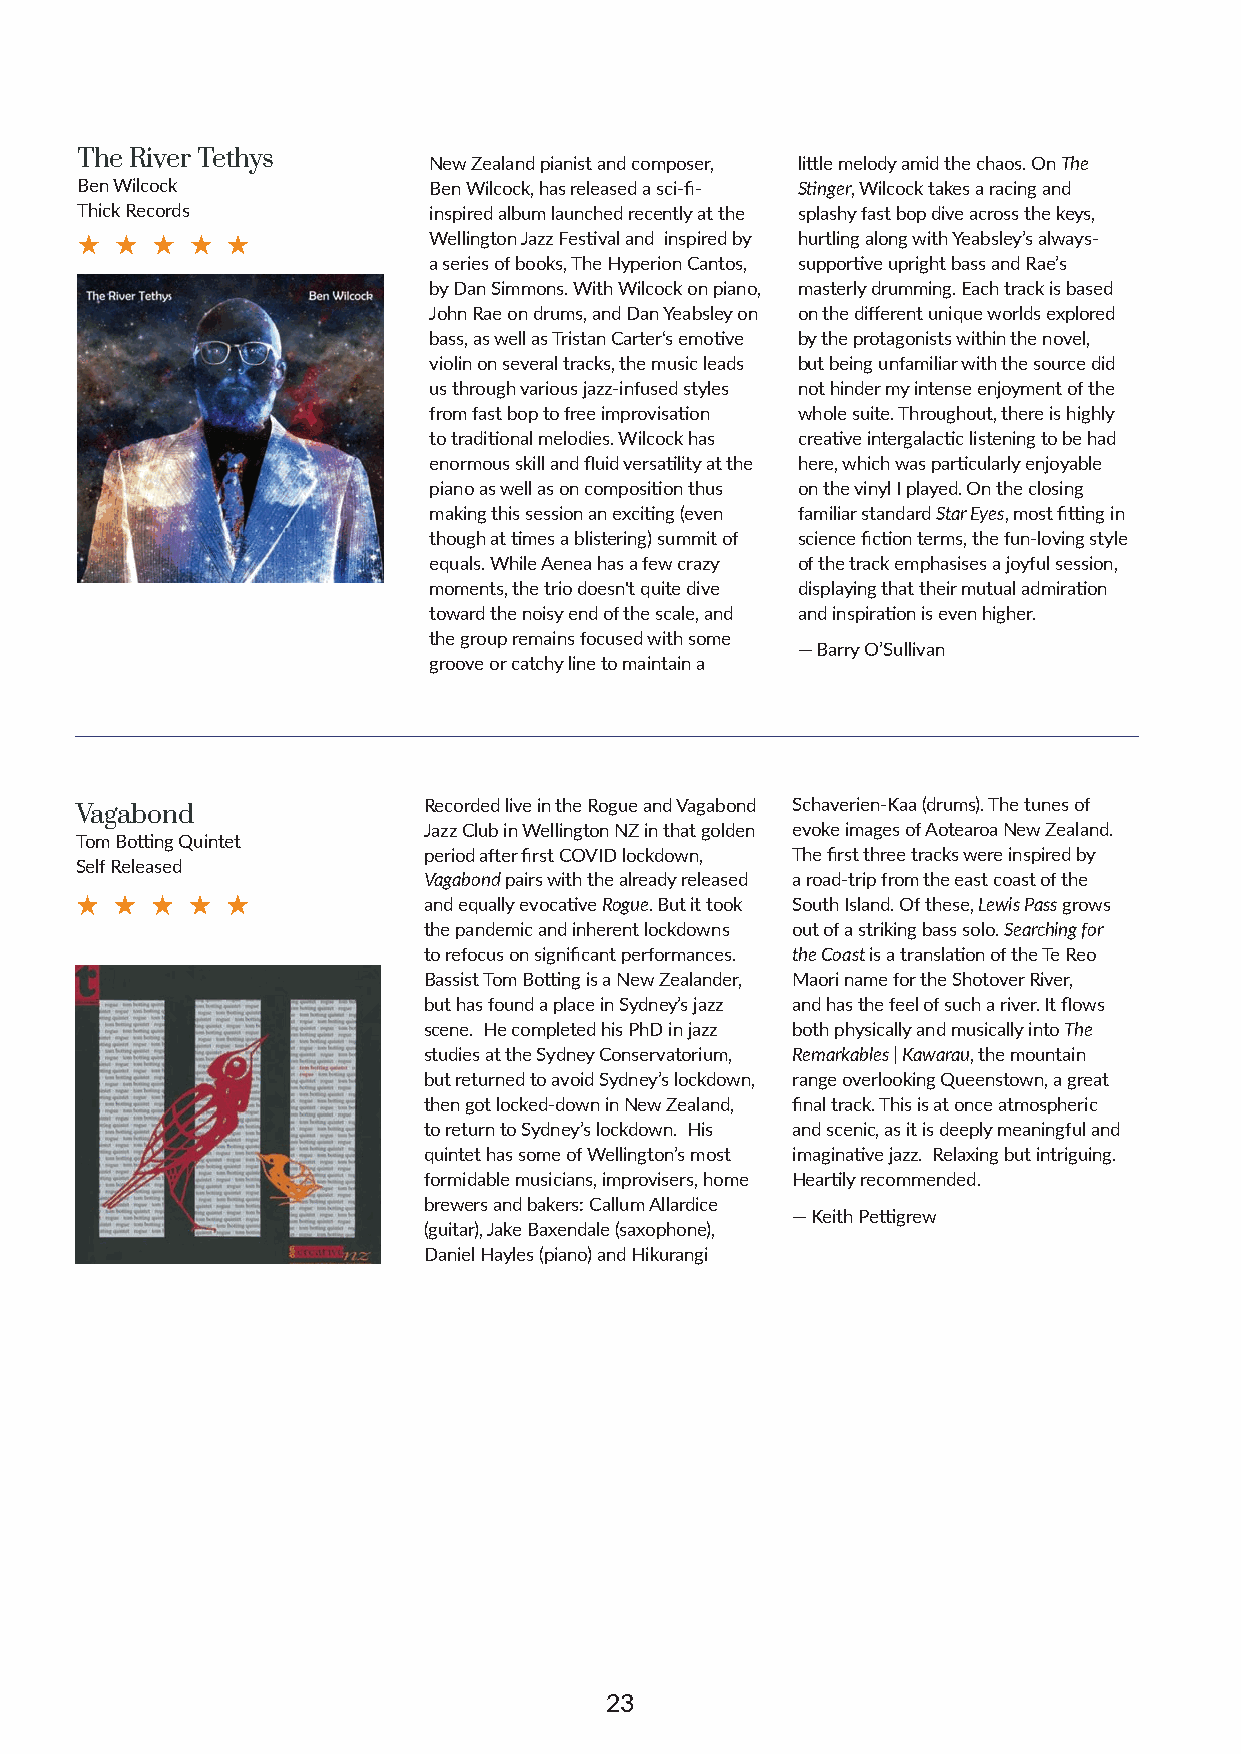
The River Tethys       New Zealand pianist and composer, little melody amid the chaos. On The
 Ben Wilcock            Ben Wilcock, has released a sci-fi- Stinger, Wilcock takes a racing and
 Thick Records          inspired album launched recently at the splashy fast bop dive across the keys,
 Wellington Jazz Festival and inspired by hurtling along with Yeabsley’s always-
 a series of books, The Hyperion Cantos, supportive upright bass and Rae’s
 by Dan Simmons. With Wilcock on piano, masterly drumming. Each track is based
 John Rae on drums, and Dan Yeabsley on on the different unique worlds explored
 bass, as well as Tristan Carter‘s emotive by the protagonists within the novel,
 violin on several tracks, the music leads but being unfamiliar with the source did
 us through various jazz-infused styles not hinder my intense enjoyment of the
 from fast bop to free improvisation whole suite. Throughout, there is highly
 to traditional melodies. Wilcock has creative intergalactic listening to be had
 enormous skill and fluid versatility at the here, which was particularly enjoyable
 piano as well as on composition thus on the vinyl I played. On the closing
 making this session an exciting (even familiar standard Star Eyes, most fitting in
 though at times a blistering) summit of science fiction terms, the fun-loving style
 equals. While Aenea has a few crazy of the track emphasises a joyful session,
 moments, the trio doesn't quite dive displaying that their mutual admiration
 toward the noisy end of the scale, and and inspiration is even higher.
 the group remains focused with some
 — Barry O’Sullivan
 groove or catchy line to maintain a
 Recorded live in the Rogue and Vagabond Schaverien-Kaa (drums). The tunes of
 Vagabond
 Jazz Club in Wellington NZ in that golden evoke images of Aotearoa New Zealand.
 Tom Botting Quintet
 period after first COVID lockdown, The first three tracks were inspired by
 Self Released
 Vagabond pairs with the already released a road-trip from the east coast of the
 and equally evocative Rogue. But it took South Island. Of these, Lewis Pass grows
 the pandemic and inherent lockdowns out of a striking bass solo. Searching for
 to refocus on significant performances. the Coast is a translation of the Te Reo
 Bassist Tom Botting is a New Zealander, Maori name for the Shotover River,
 but has found a place in Sydney’s jazz and has the feel of such a river. It flows
 scene. He completed his PhD in jazz both physically and musically into The
 studies at the Sydney Conservatorium, Remarkables | Kawarau, the mountain
 but returned to avoid Sydney’s lockdown, range overlooking Queenstown, a great
 then got locked-down in New Zealand, final track. This is at once atmospheric
 to return to Sydney’s lockdown. His and scenic, as it is deeply meaningful and
 quintet has some of Wellington’s most imaginative jazz. Relaxing but intriguing.
 formidable musicians, improvisers, home Heartily recommended.
 brewers and bakers: Callum Allardice
 — Keith Pettigrew
 (guitar), Jake Baxendale (saxophone),
 Daniel Hayles (piano) and Hikurangi
 23